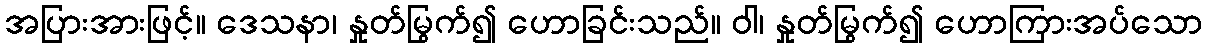
အပြားအားဖြင့်။ ဒေသနာ၊ နှုတ်မြွက်၍ ဟောခြင်းသည်။ ဝါ၊ နှုတ်မြွက်၍ ဟောကြားအပ်သော